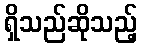
ရှိသည်ဆိုသည့်